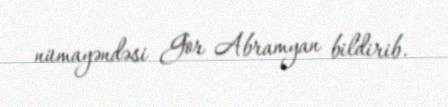
nümayəndəsi Gor Abramyan bildirib.